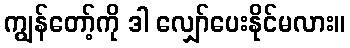
ကျွန်တော့်ကို ဒါ လျှော်ပေးနိုင်မလား။